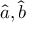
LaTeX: { \hat { a } } , { \hat { b } }